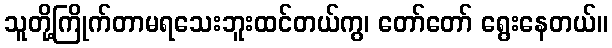
သူတို့ကြိုက်တာမရသေးဘူးထင်တယ်ကွ၊ တော်တော် ရွေးနေတယ်။